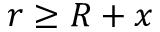
r \geq R + x